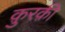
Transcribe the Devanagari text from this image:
क़ुरक़ी